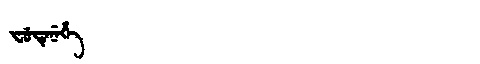
Manchu: ᠸᡠᡩᡝᠨᡝᡥᡝ
Romanization: FUDENEHE